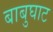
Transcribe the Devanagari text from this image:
बाबुघाट